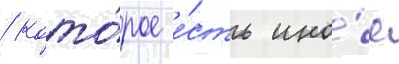
/ кото́рое е́сть ино́е